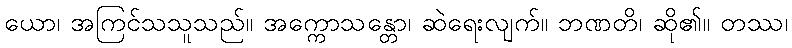
ယော၊ အကြင်သသူသည်။ အက္ကောသန္တော၊ ဆဲရေးလျက်။ ဘဏတိ၊ ဆို၏။ တဿ၊